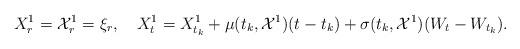
LaTeX: \begin{align*}X_{r}^1=\mathcal{X}_{r}^1=\xi_r,\quad{X}^{1}_t= X_{t_k}^1+ \mu(t_k,\mathcal{X}^{1})(t-t_k)+ \sigma(t_k,\mathcal{X}^{1})(W_t-W_{t_k}).\end{align*}